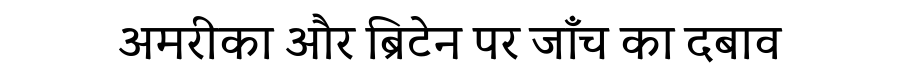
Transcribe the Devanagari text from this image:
अमरीका और ब्रिटेन पर जाँच का दबाव